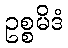
ဥစ္စမိဒံ